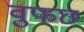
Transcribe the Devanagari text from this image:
वुफछ